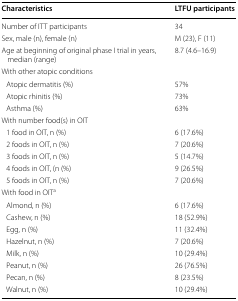
<table><thead><tr><td><b>Characteristics</b></td><td><b>LTFU participants</b></td></tr></thead><tbody><tr><td>Number of ITT participants</td><td>34</td></tr><tr><td>Sex, male (n), female (n)</td><td>M (23), F (11)</td></tr><tr><td>Age at beginning of original phase I trial in years, median (range)</td><td>8.7 (4.6–16.9)</td></tr><tr><td colspan="2">With other atopic conditions</td></tr><tr><td> Atopic dermatitis (%)</td><td>57%</td></tr><tr><td> Atopic rhinitis (%)</td><td>73%</td></tr><tr><td> Asthma (%)</td><td>63%</td></tr><tr><td colspan="2">With number food(s) in OIT</td></tr><tr><td> 1 food in OIT, n (%)</td><td>6 (17.6%)</td></tr><tr><td> 2 foods in OIT, n (%)</td><td>7 (20.6%)</td></tr><tr><td> 3 foods in OIT, n (%)</td><td>5 (14.7%)</td></tr><tr><td> 4 foods in OIT, (n (%)</td><td>9 (26.5%)</td></tr><tr><td> 5 foods in OIT, n (%)</td><td>7 (20.6%)</td></tr><tr><td colspan="2">With food in OIT<sup>a</sup></td></tr><tr><td> Almond, n (%)</td><td>6 (17.6%)</td></tr><tr><td> Cashew, n (%)</td><td>18 (52.9%)</td></tr><tr><td> Egg, n (%)</td><td>11 (32.4%)</td></tr><tr><td> Hazelnut, n (%)</td><td>7 (20.6%)</td></tr><tr><td> Milk, n (%)</td><td>10 (29.4%)</td></tr><tr><td> Peanut, n (%)</td><td>26 (76.5%)</td></tr><tr><td> Pecan, n (%)</td><td>8 (23.5%)</td></tr><tr><td> Walnut, n (%)</td><td>10 (29.4%)</td></tr></tbody></table>